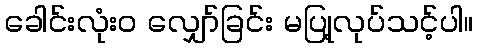
ခေါင်းလုံးဝ လျှော်ခြင်း မပြု့လုပ်သင့်ပါ။